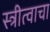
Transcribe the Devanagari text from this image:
स्त्रीत्वाचा